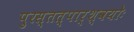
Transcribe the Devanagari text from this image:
पुरस्तत्पार्श्वयोः